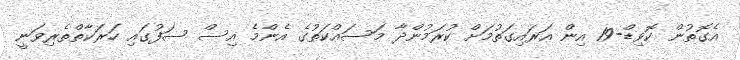
އެގޮތުން ކޮވިޑް-19 އިން އަރައިގަތުމަށް ކުރަމުންދާ މަސައްކަތުގެ އެންމެ އިސް ސަފުގައި ހަރަކާތްތެރިވަނީ